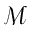
\mathcal { M }